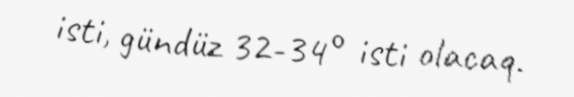
isti, gündüz 32-34° isti olacaq.